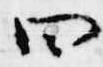
四